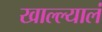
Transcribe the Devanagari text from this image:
खाल्ल्यालं